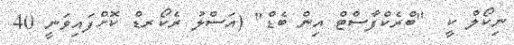
ނިކޯލް ކީ  "ބްރެކްފާސްޓް އިން ބެޑް" (އަސްލު ރެކޯރޑް ކޮށްފައިވަނީ 40